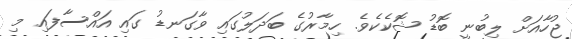
ޖުހާއަށް ލިބުނީ ބޮޑު ޝޮކެކެވެ. ހިމާރުގެ ބަދަލުގައި ވާގަނޑު ގައި އައްސާފައި މި